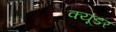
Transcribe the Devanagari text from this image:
क्यूडर